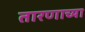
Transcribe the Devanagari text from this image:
तारणाच्या